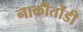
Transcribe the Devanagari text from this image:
नाकीतोंडी